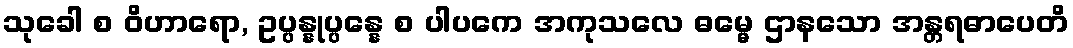
သုခေါ စ ဝိဟာရော, ဥပ္ပန္နုပ္ပန္နေ စ ပါပကေ အကုသလေ ဓမ္မေ ဌာနသော အန္တရဓာပေတိ